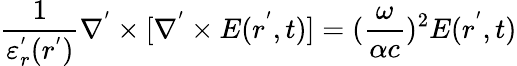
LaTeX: \frac{1}{\varepsilon_{r}^{'}(r^{'})}\nabla^{'}\times[\nabla^{'}\times E(r^{'},t)]=(\frac{\omega}{\alpha c})^{2}E(r^{'},t)